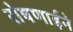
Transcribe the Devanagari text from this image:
रोषणाईने